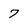
Character: 7